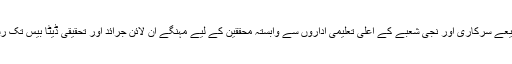
اس پروگرام کے ذریعے سرکاری اور نجی شعبے کے اعلیٰ تعلیمی اداروں سے وابستہ محققین کے لیے مہنگے آن لائن جرائد اور تحقیقی ڈیٹا بیس تک رسائی آسان ہوئی ہے۔